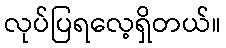
လုပ်ပြရလေ့ရှိတယ်။